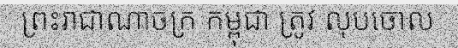
ព្រះរាជាណាចក្រ កម្ពុជា ត្រូវ លុបចោល